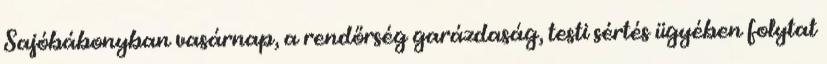
Sajóbábonyban vasárnap, a rendőrség garázdaság, testi sértés ügyében folytat